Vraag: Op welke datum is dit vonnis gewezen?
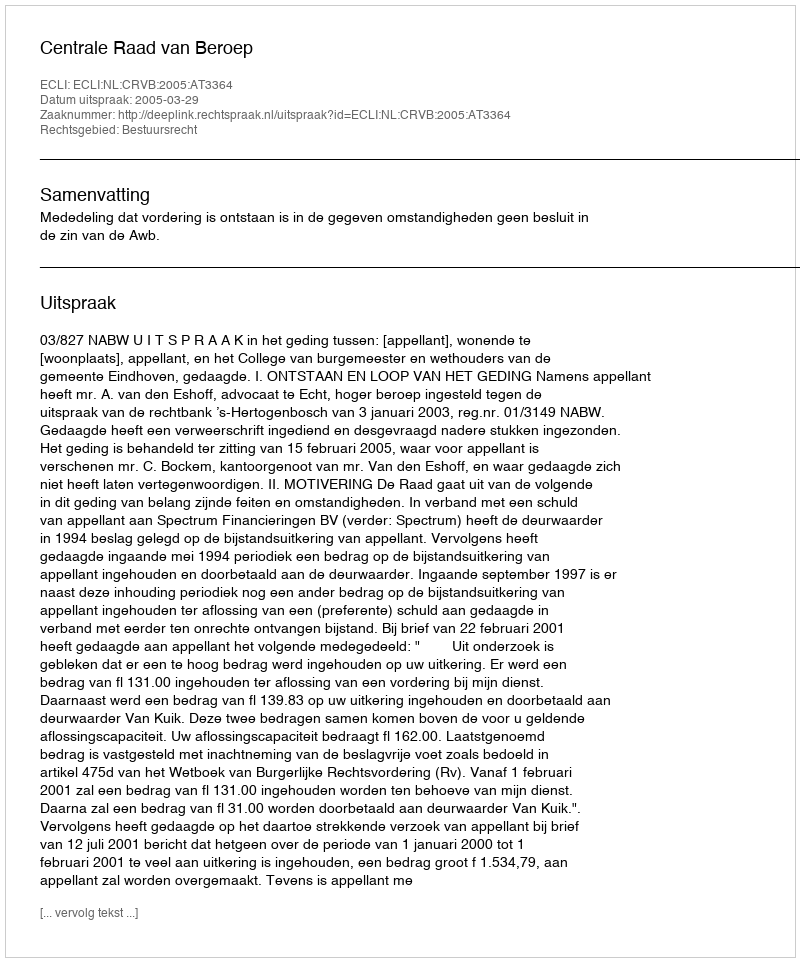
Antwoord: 2005-03-29